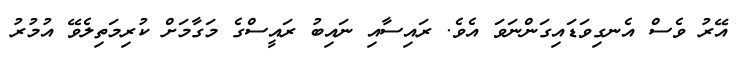
އޭރު ވެސް އެނގިވަޑައިގަންނަވަ އެވެ. ރައިސާއި ނައިބު ރައީސްގެ މަަގާމަށް ކުރިމަތިލެވޭ އުމުރު